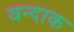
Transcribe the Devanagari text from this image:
वन्दाक